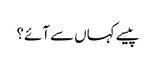
پیسے کہاں سے آئے؟